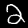
Digit: 2